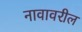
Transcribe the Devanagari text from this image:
नावावरील